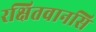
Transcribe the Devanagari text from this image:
रक्षितवानसि